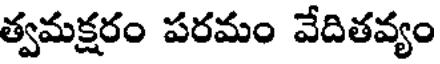
త్వమక్షరం పరమం వేదితవ్యం